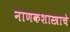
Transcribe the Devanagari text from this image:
नाणकशास्त्राचे